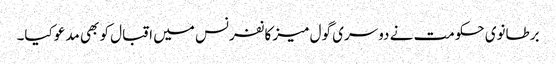
برطانوی حکومت نے دوسری گول میز کانفرنس میں اقبال کو بھی مدعو کیا۔